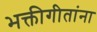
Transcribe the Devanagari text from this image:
भक्तीगीतांना